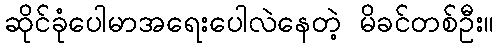
ဆိုင်ခုံပေါမာအရေးပေါလဲနေတဲ့ မိခင်တစ်ဦး။